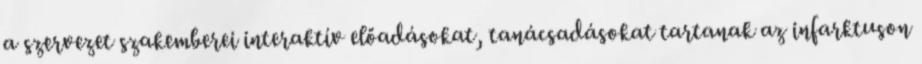
a szervezet szakemberei interaktív előadásokat, tanácsadásokat tartanak az infarktuson